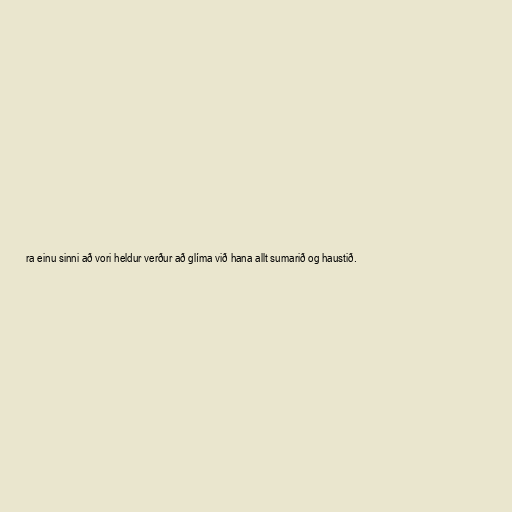
ra einu sinni að vori heldur verður að glíma við hana allt sumarið og haustið.